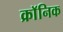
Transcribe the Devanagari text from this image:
क्राॅनिक